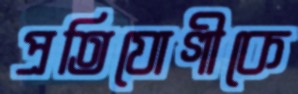
প্রতিযোগীকে